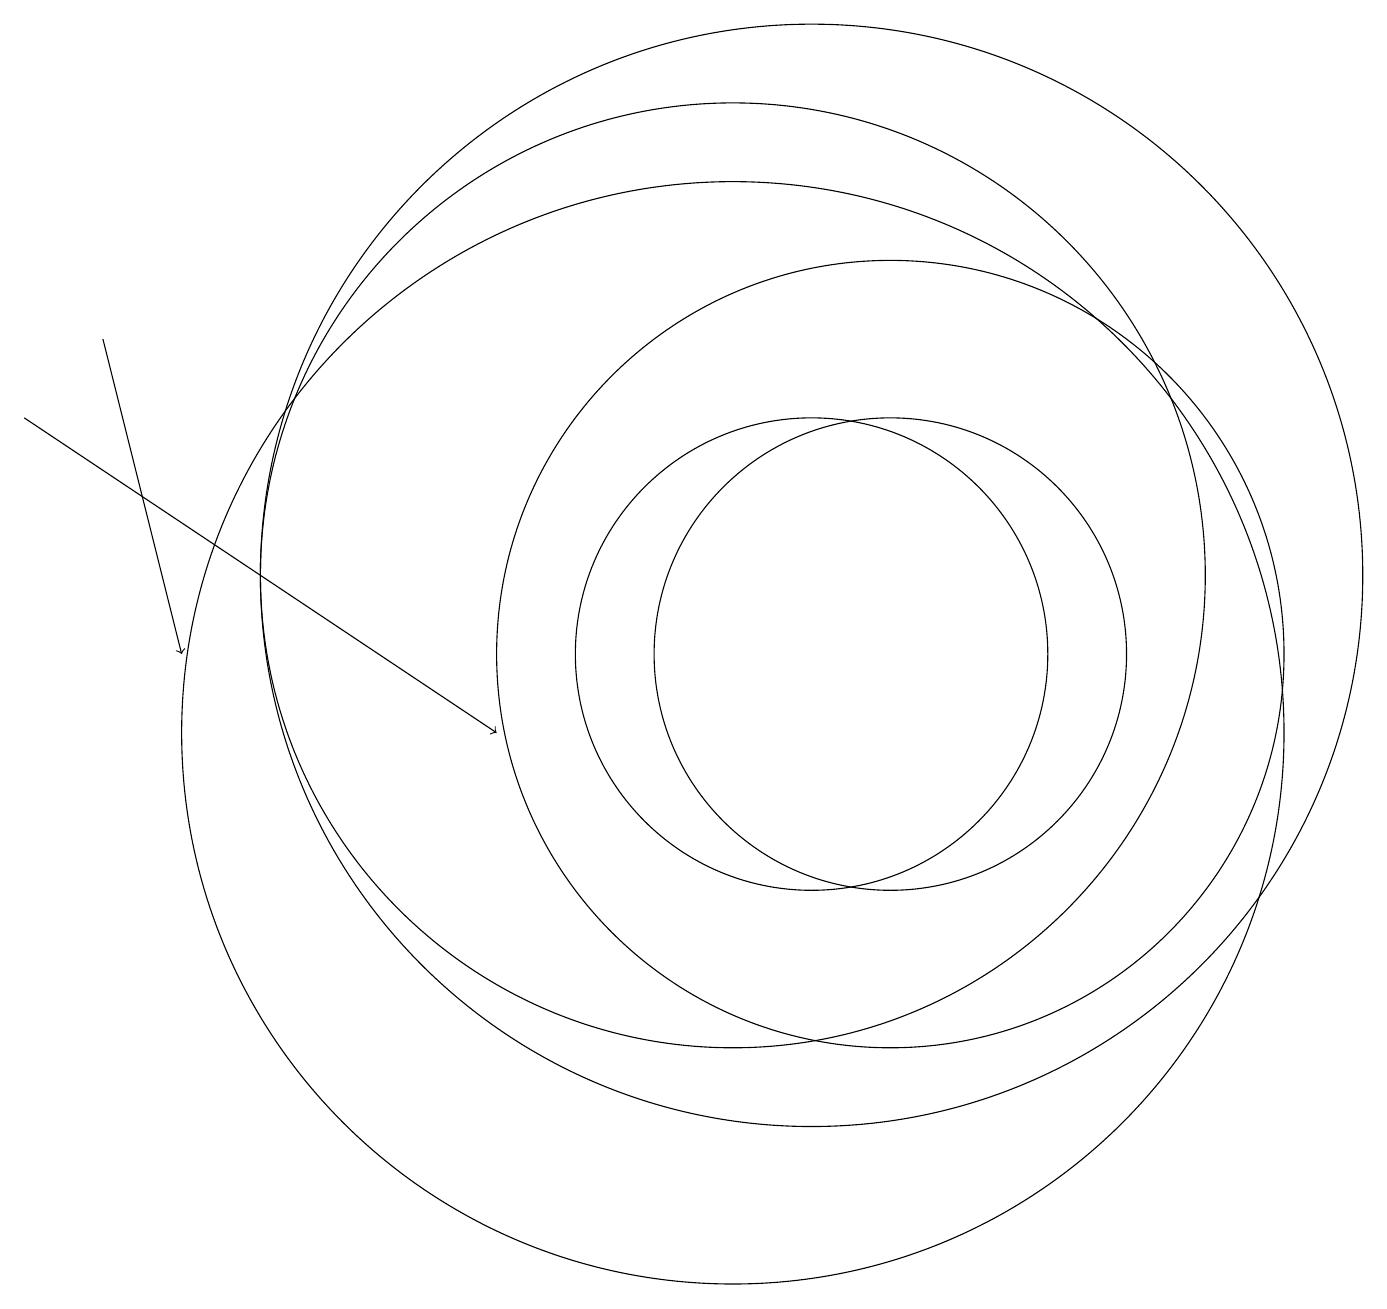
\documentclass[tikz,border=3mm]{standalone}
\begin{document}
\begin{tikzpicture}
\draw (10,10) circle (7);
\draw (10,12) circle (6);
\draw (11,11) circle (3);
\draw (11,12) circle (7);
\draw (12,11) circle (5);
\draw[->] (2,15) -- (3,11);
\draw (12,11) circle (3);
\draw[->] (1,14) -- (7,10);
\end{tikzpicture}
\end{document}